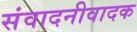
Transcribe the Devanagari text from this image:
संवादनीवादक